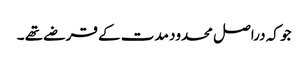
جو کہ دراصل محدود مدت کے قرضے تھے ۔